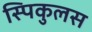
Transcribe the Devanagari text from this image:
स्पिकुलस